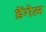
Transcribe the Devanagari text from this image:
डेंगेल